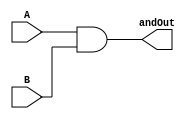
module And(input A, input B, output andOut);
  assign andOut = A&B;
endmodule 

module Or(input A, input B, output orOut);
  assign orOut = A|B;
endmodule 

module FullAdder(input A, input B, input C, output Sum, output Cout);
  wire a1,a2,a3,a4,a5,a6;
  wire o1,o2,o3,o4;
  
  /****	 The following creates A XOR B	****/
  And and1(.A(~A),.B(B),.andOut(a1));
  And and2(.A(A),.B(~B),.andOut(a2));
  Or or1(.A(a1),.B(a2),.orOut(o1)); 
  
  /****	The following creates the Cout	****/
  And and3(.A(A),.B(B), .andOut(a3));
  And and4(.A(C),.B(o1),.andOut(a4));
  Or or2(.A(a3),.B(a4),.orOut(Cout));
  
  /****	The following creates the Sum	****/
  And and5(.A(~o1), .B(C), .andOut(a5));
  And and6(.A(o1), .B(~C), .andOut(a6));
  Or or3(.A(a5), .B(a6), .orOut(Sum));
  
endmodule

module HexAdder(input [3:0]A, input[3:0]B, input C, output [3:0]Sum, output Cout);

  	//create wire to store Cin output
    wire co, c1, c2;
    //instantiate Fulll-adder modules
    FullAdder f1(.A(A[0]),.B(B[0]),.C(C),.Sum(Sum[0]),.Cout(co));
    FullAdder f2(.A(A[1]),.B(B[1]),.C(co),.Sum(Sum[1]),.Cout(c1));
    FullAdder f3(.A(A[2]),.B(B[2]),.C(c1),.Sum(Sum[2]),.Cout(c2));
    FullAdder f4(.A(A[3]),.B(B[3]),.C(c2),.Sum(Sum[3]),.Cout(Cout));

endmodule